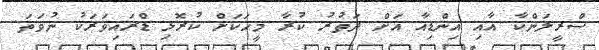
ސްރީލަންކާ އާއި އިންޑިއާ އަށް ދަތުރު ކުރާ މީހަކަށް ކުރޮޅި ޑްރައިވަރަކު ނުވަތަ